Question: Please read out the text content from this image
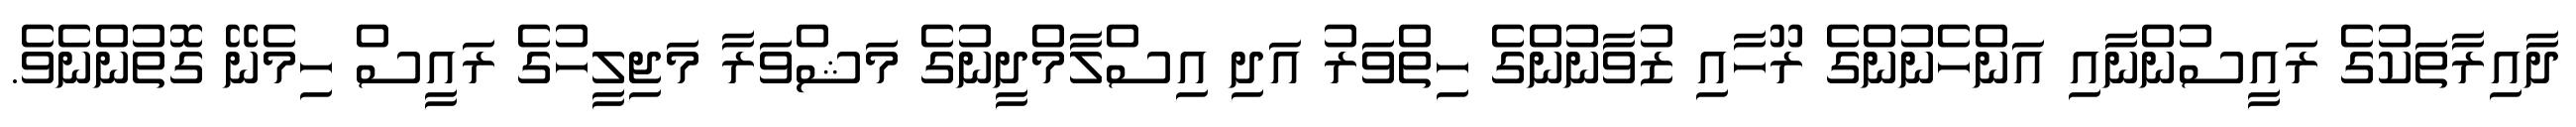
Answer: ދާއިރާތަކުގެ ރައީސުންނާއި އަންހެނުންގެ ރޫހާއި ޒުވާނުންގެ ހިތްވަރު އަދި އިސްލާމްދީނުގެ މަޝްވަރާ މަޖިލީހުގެ ރައީސް ހިމެނޭ ގޮތުންނެވެ.